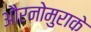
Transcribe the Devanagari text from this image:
औरनोमुराके